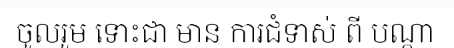
ចូលរួម ទោះជា មាន ការជំទាស់ ពី បណ្តា